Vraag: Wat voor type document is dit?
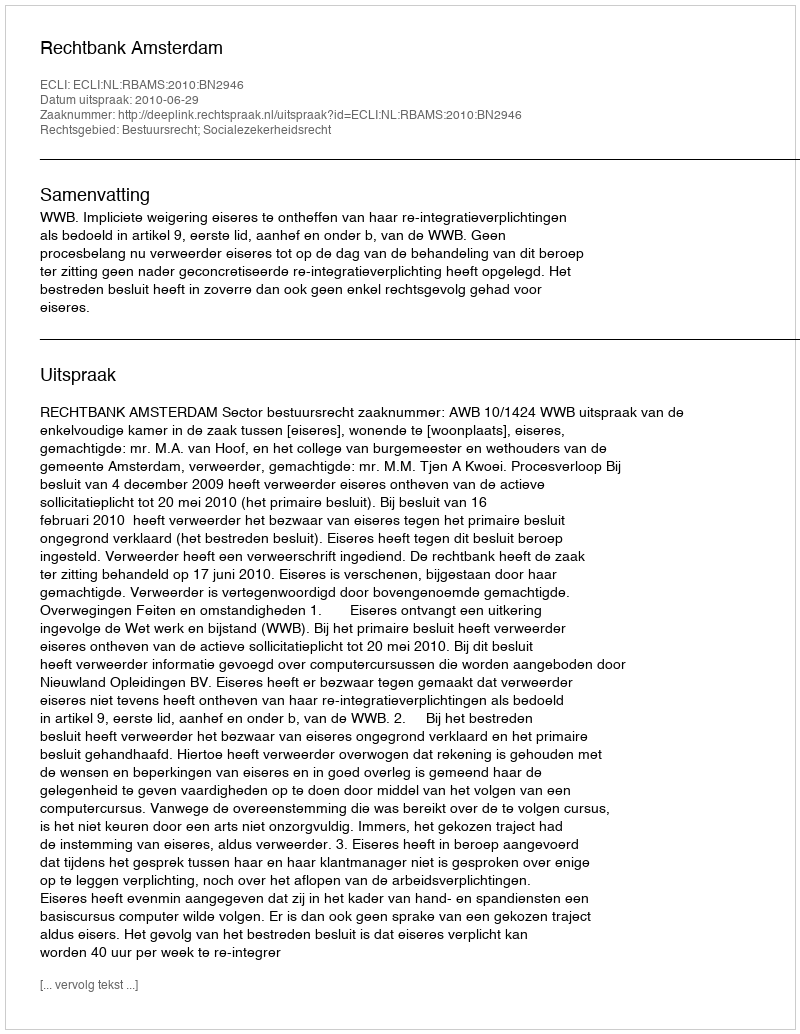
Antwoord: Uitspraak